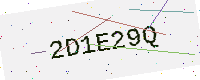
Text: 2D1E29Q